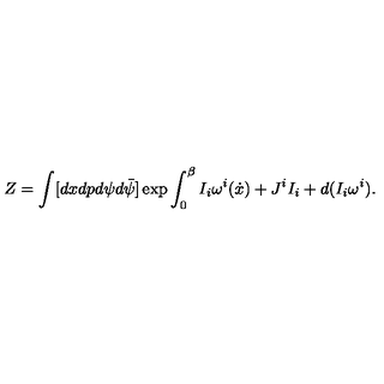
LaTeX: Z = \int [ d x d p d \psi d \bar { \psi } ] \exp \int _ { 0 } ^ { \beta } I _ { i } \omega ^ { i } ( \dot { x } ) + J ^ { i } I _ { i } + d ( I _ { i } \omega ^ { i } ) .